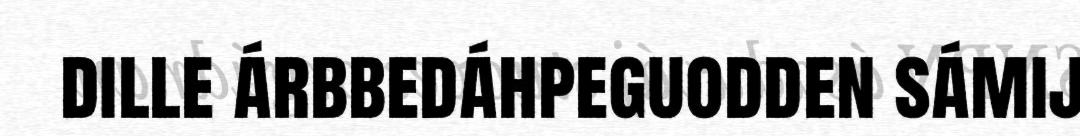
dille árbbedáhpeguodden sámij